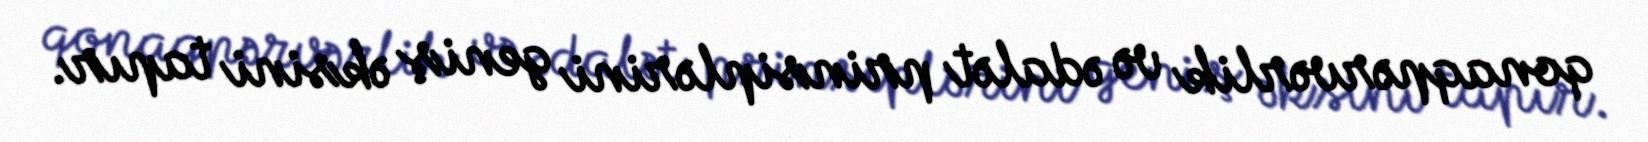
qonaqpərvərlik və ədalət prinsiplərini geniş əksini tapır.